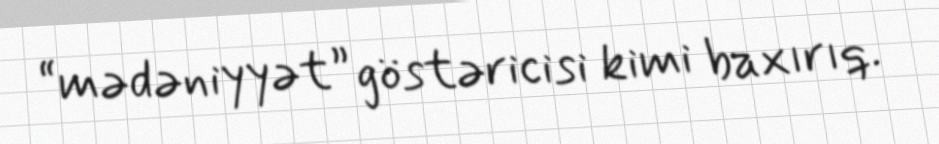
“mədəniyyət” göstəricisi kimi baxırıq.